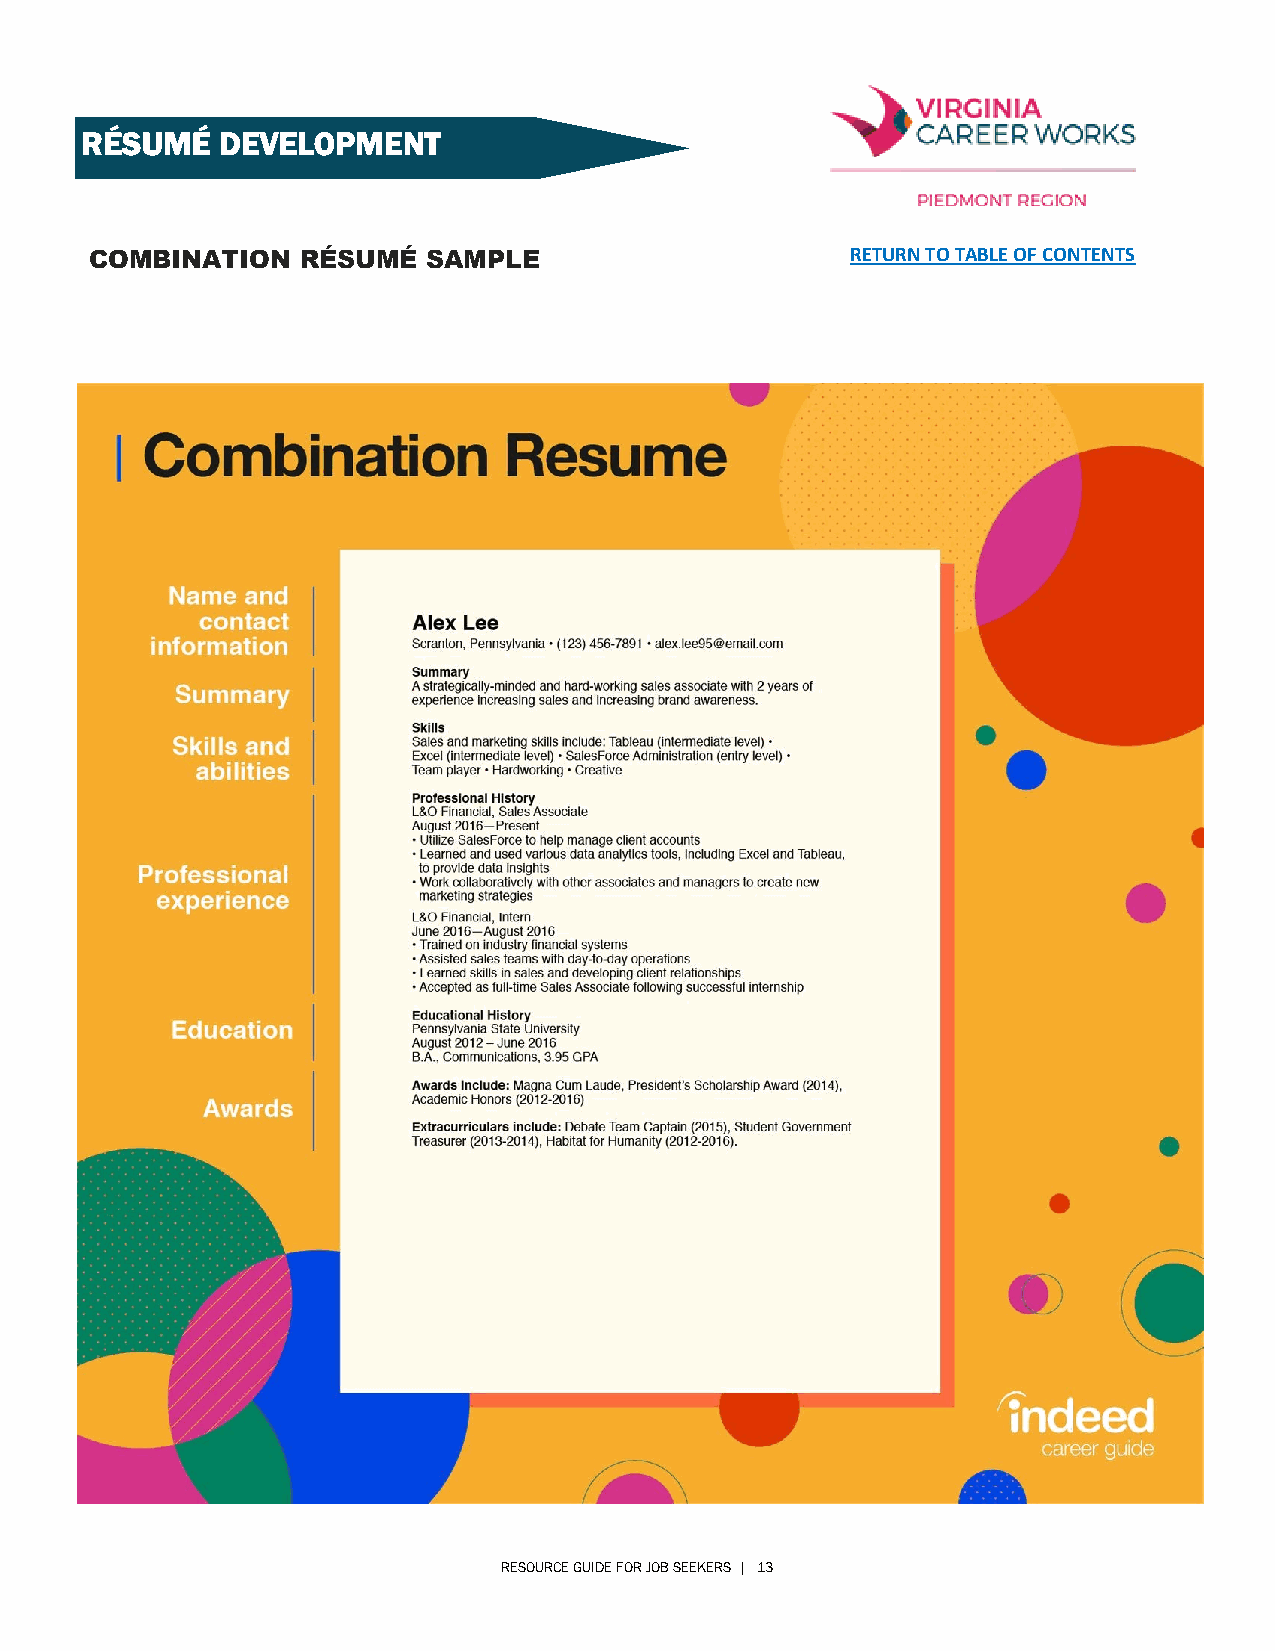
RÉSUMÉ    DEVELOPMENT
 COMBINATION   RÉSUMÉ  SAMPLE                      RETURN TO TABLE OF CONTENTS
 RESOURCE GUIDE FOR JOB SEEKERS | 13